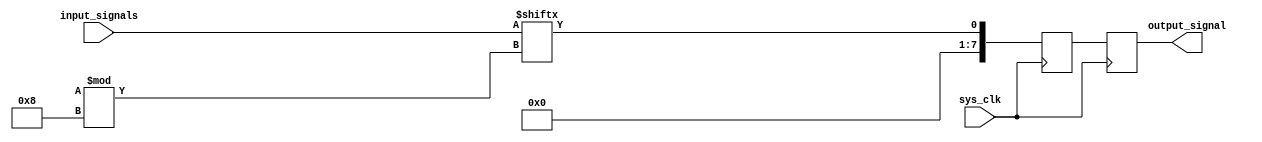
module RandomArbiter (
    input sys_clk,
    input [7:0] input_signals,
    output reg [7:0] output_signal
);

// Variable for storing the selected input signal
reg [7:0] selected_signal;

// Random algorithm for selecting input signal
always @(posedge sys_clk) begin
    selected_signal <= input_signals[$random % $size(input_signals)];
end

// Assign selected signal to output
always @(posedge sys_clk) begin
    output_signal <= selected_signal;
end

endmodule